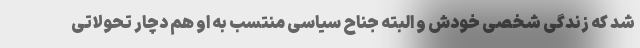
شد که زندگی شخصی خودش و البته جناح سیاسی منتسب به او هم دچار تحولاتی